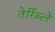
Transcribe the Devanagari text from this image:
तेर्रिब्ले